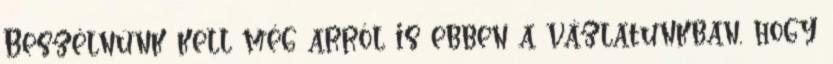
Beszélnünk kell még arról is ebben a vázlatunkban, hogy